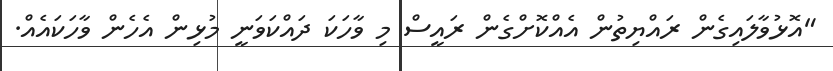
"އޮޅުވާލައިގެން ރައްޔިތުން އެއްކޮށްގެން ރައީސް މި ވާހަކަ ދައްކަވަނީ މުޅިން އެހެން ވާހަކައެއް.